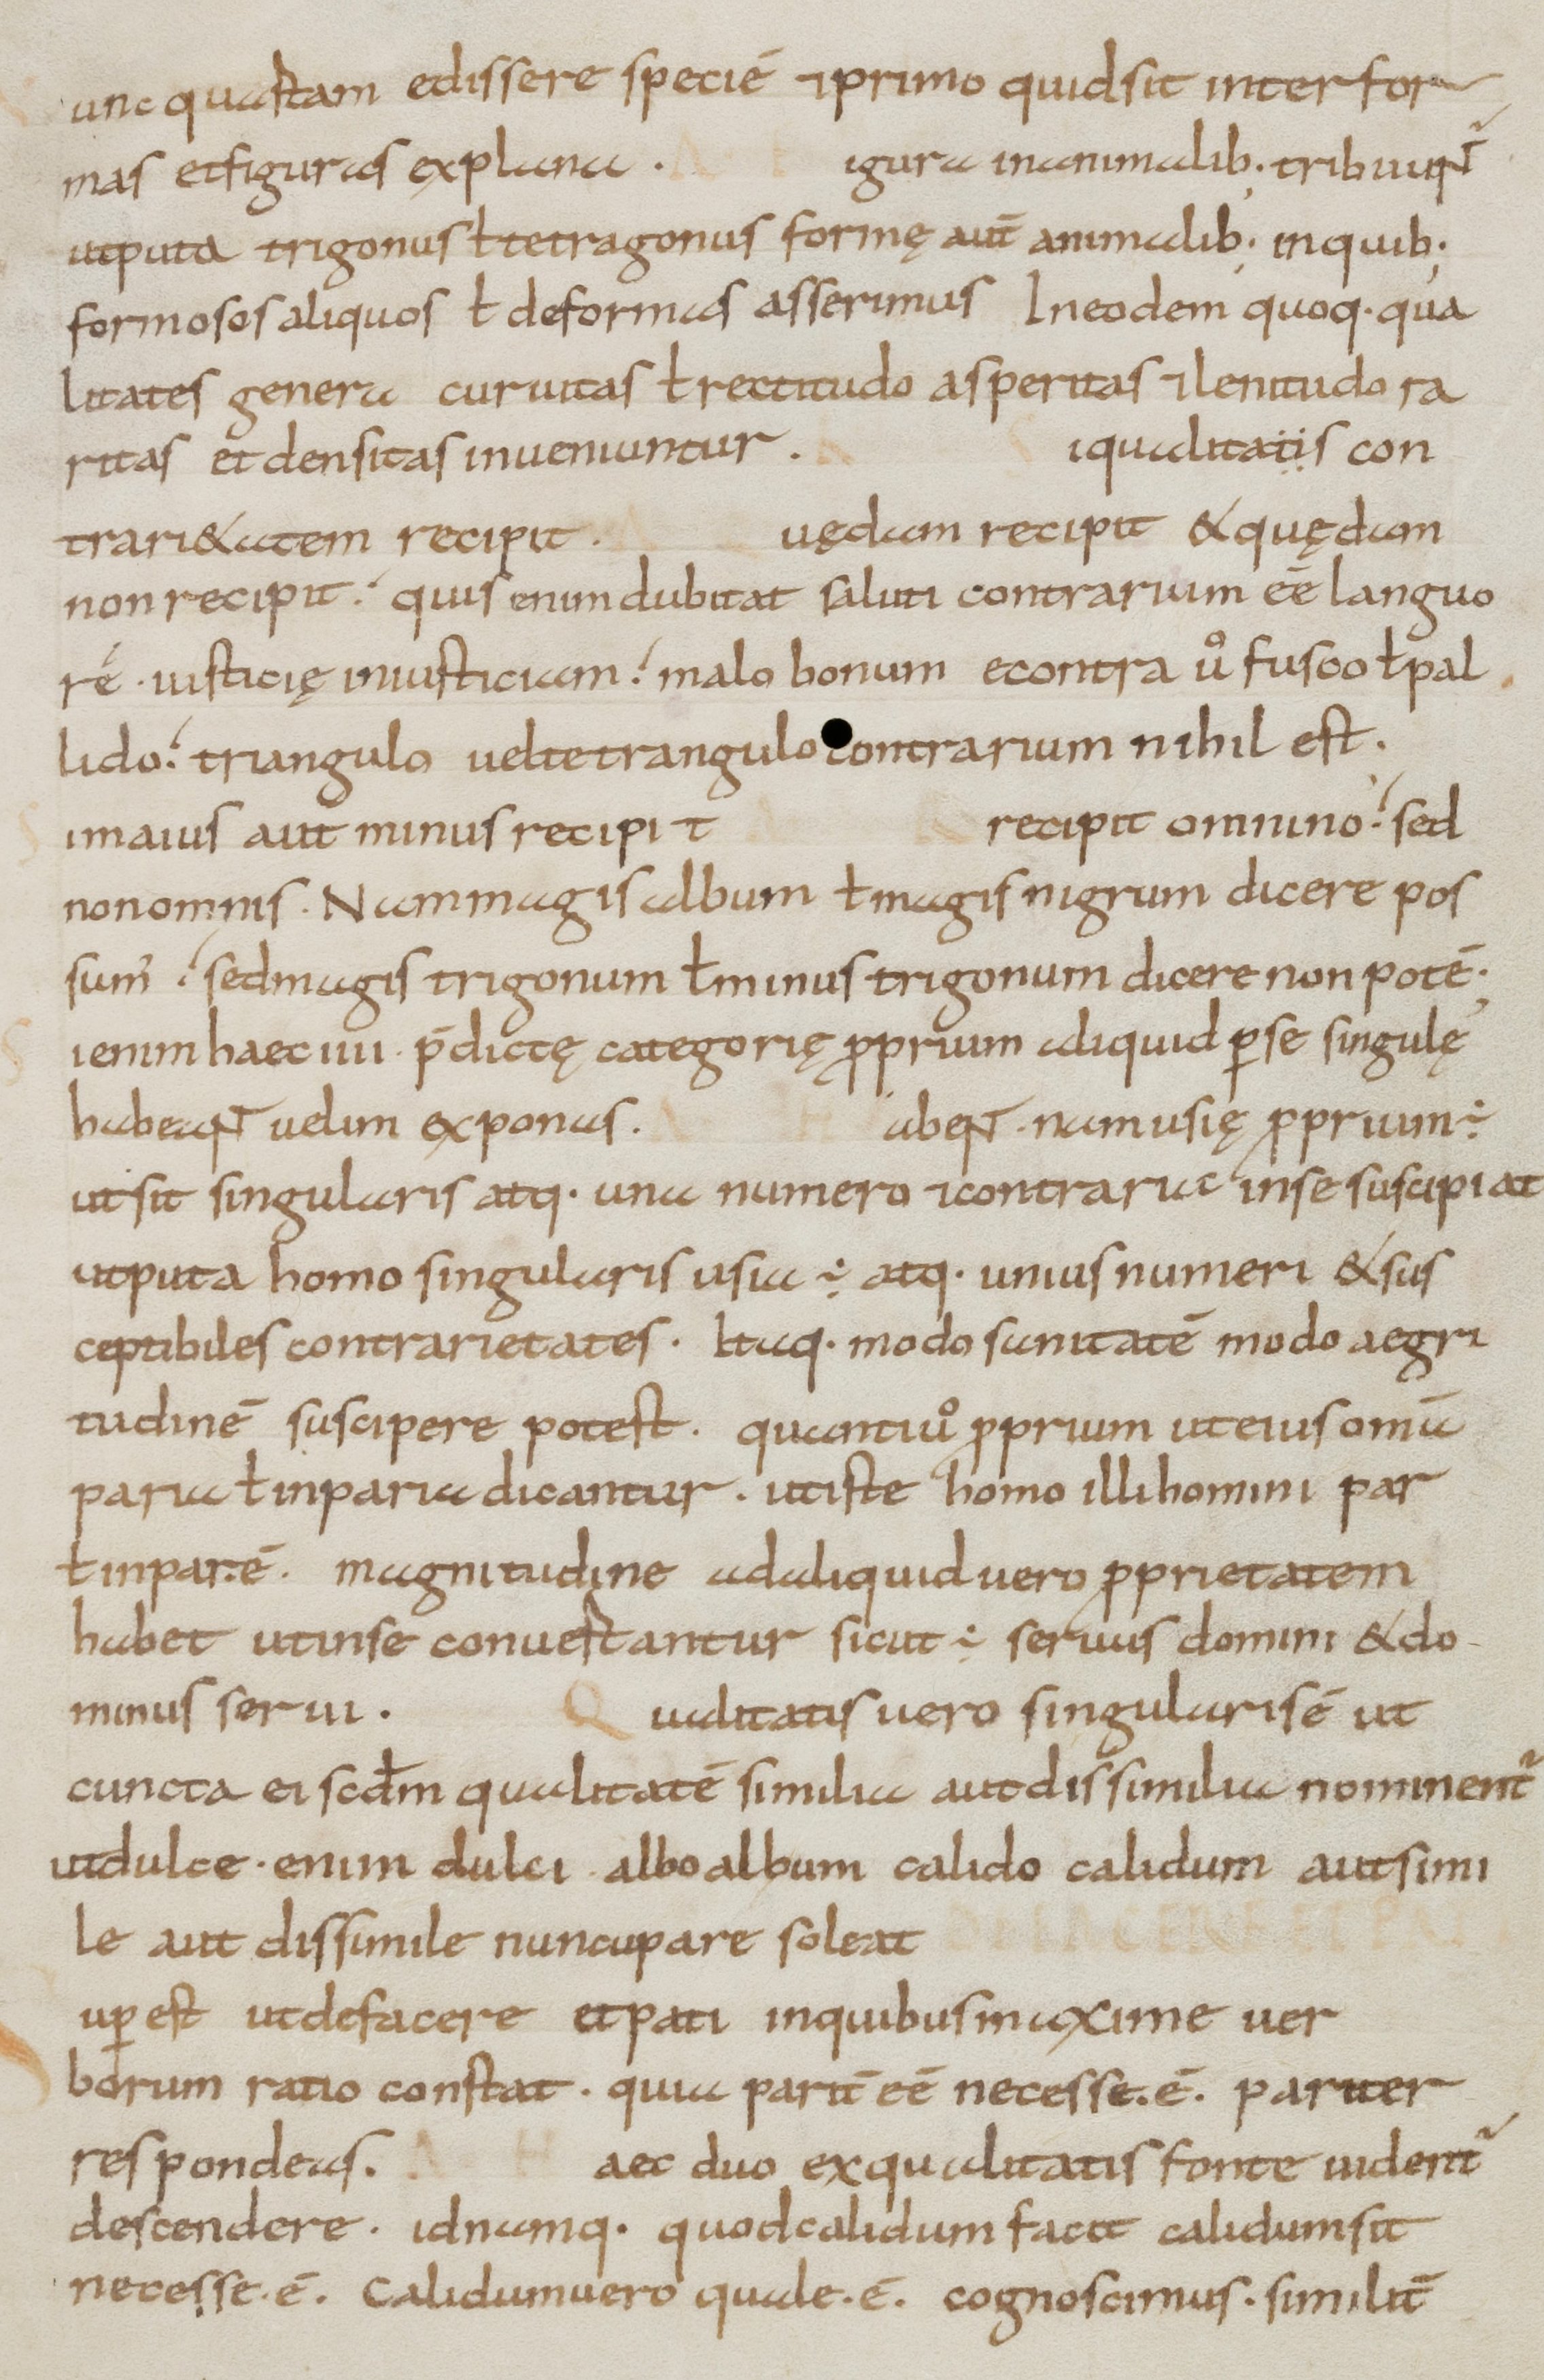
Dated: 800–899